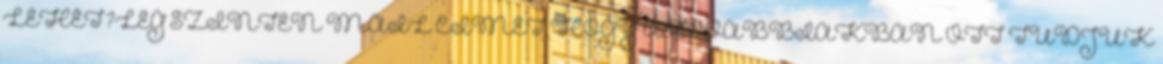
LEHET?LEG SZINTÉN MAIL CÍMET HOGY A TOVÁBBIAKBAN OTT TUDJUK